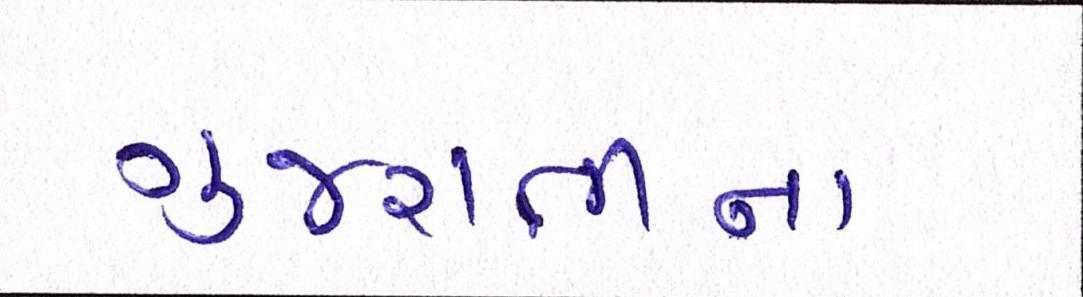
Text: ગુજરાતીના